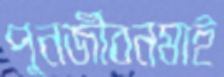
পুনর্জীবনমাই